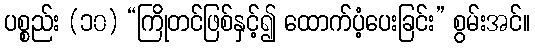
ပစ္စည်း (၁၀) “ကြိုတင်ဖြစ်နှင့်၍ ထောက်ပံ့ပေးခြင်း” စွမ်းအင်။